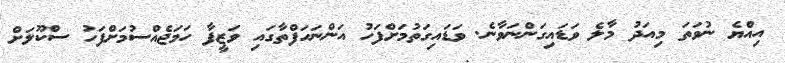
އިއްޔެ ނުވަތަ މިއަދު މާލެ ވަޑައިގަންނަވާނެ. ވަޑައިގަތުމަށްފަހު އަންނަހަފްތާގައި ވަޒީފާ ހަމަޖެއްސުމަށްފަހު ސްކޫލަށް